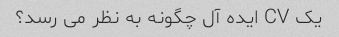
یک CV ایده آل چگونه به نظر می رسد؟